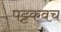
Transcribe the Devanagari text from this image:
पट्टकवच